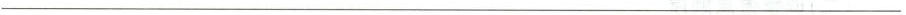
___